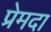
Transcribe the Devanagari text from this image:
प्रेमदा